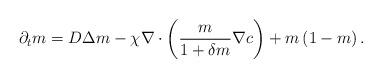
LaTeX: \begin{align*}\partial_t m = D\Delta m - \chi \nabla \cdot \left(\frac{m}{1+\delta m}\nabla c\right)+ m\left(1-m\right).\end{align*}